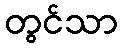
တွင်သာ